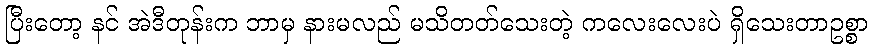
ပြီးတော့ နင် အဲဒီတုန်းက ဘာမှ နားမလည် မသိတတ်သေးတဲ့ ကလေးလေးပဲ ရှိသေးတာဥစ္စာ